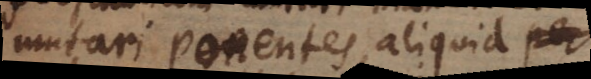
mutari ponentes, aliquid per